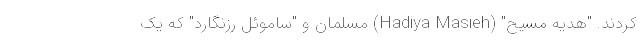
کردند. "هدیه مسیح" (Hadiya Masieh) مسلمان و "ساموئل رزنگارد" که یک